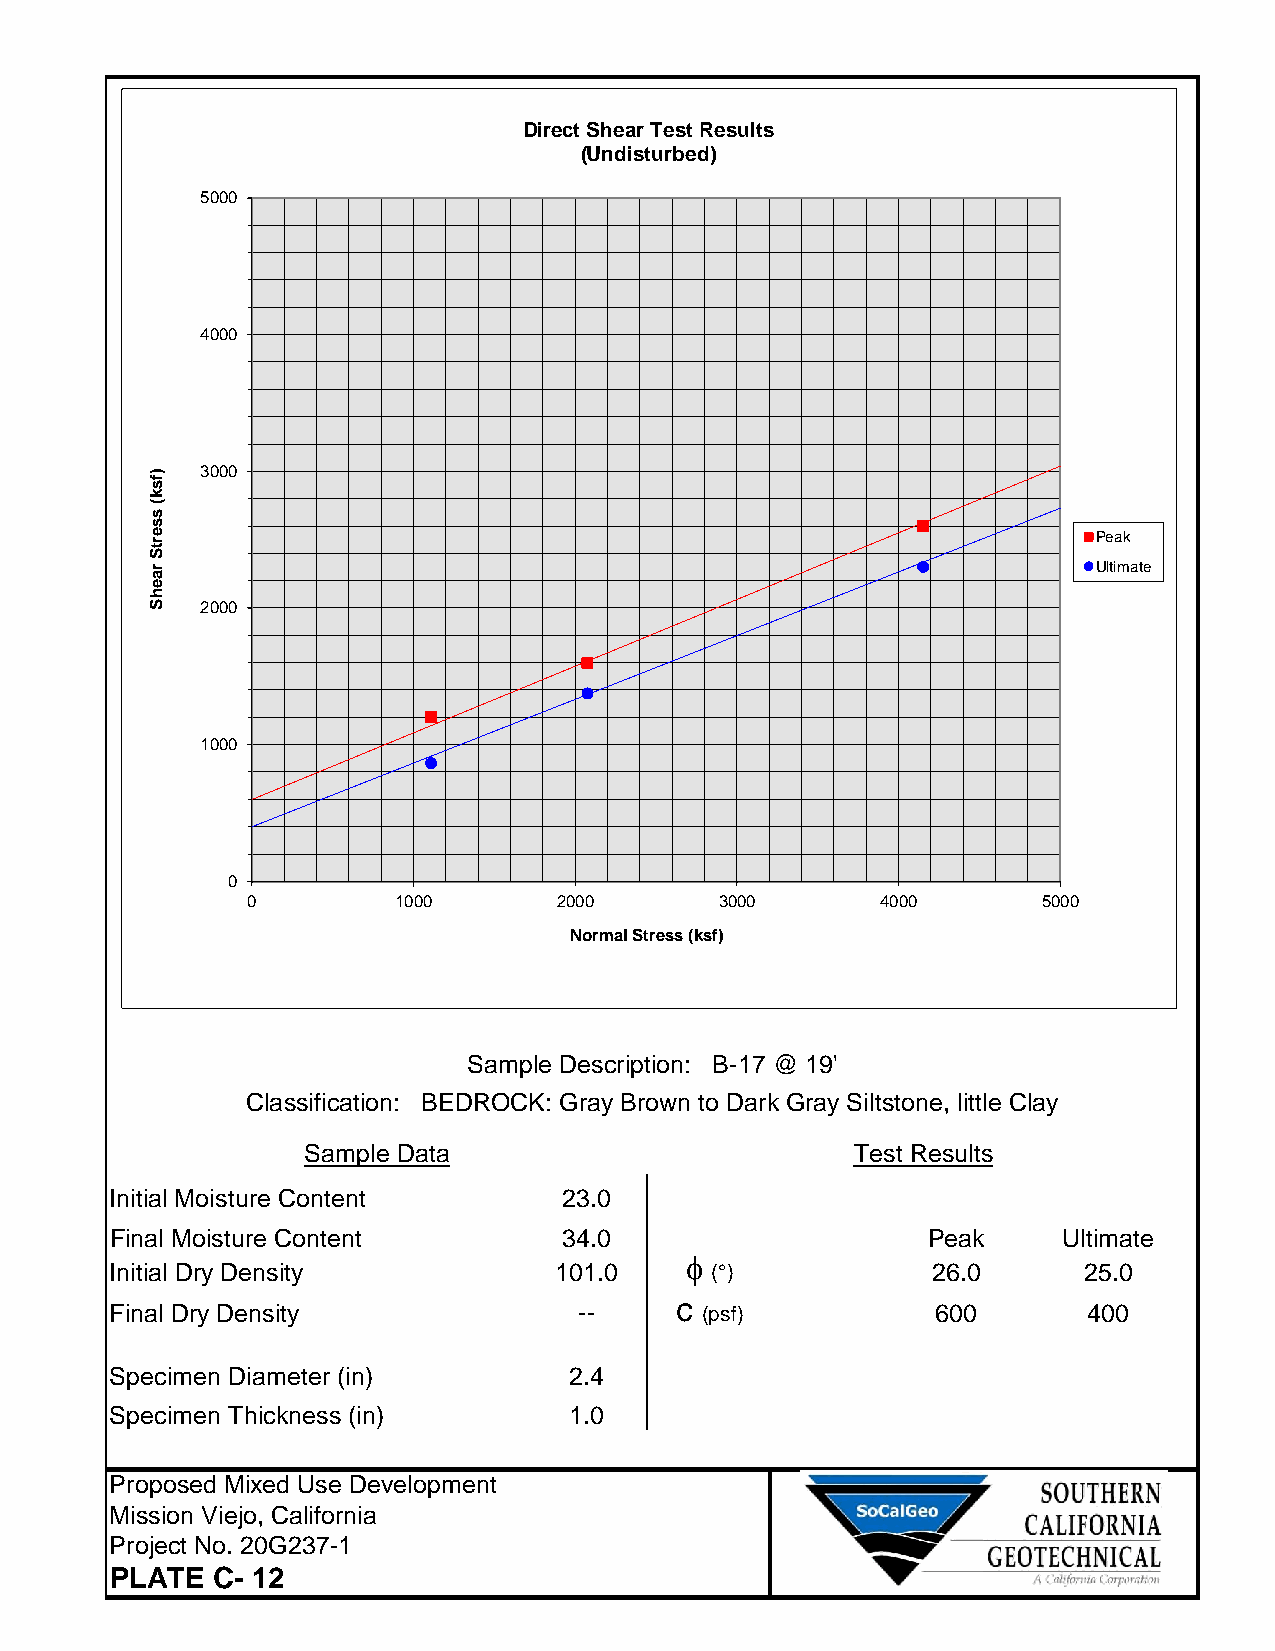
DirectShearTestResults
 (Undisturbed)
 5000
 4000
 3000
 Peak
 Ultimate
 2000
 1000
 0
 0         1000       2000       3000      4000       5000
 NormalStress(ksf)
 Sample Description: B-17 @ 19'
 Classification: BEDROCK: Gray Brown to Dark Gray Siltstone, little Clay
 Sample Data                          Test Results
 Initial Moisture Content      23.0
 Final Moisture Content        34.0                    Peak     Ultimate
 f
 Initial Dry Density           101.0     (°)            26.0      25.0
 Final Dry Density              --     c (psf)          600       400
 Specimen Diameter (in)         2.4
 Specimen Thickness (in)        1.0
 Proposed Mixed Use Development
 Mission Viejo, California
 Project No. 20G237-1
 PLATE  C- 12
 )fsk(ssertSraehS